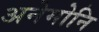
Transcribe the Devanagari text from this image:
अनेमोनि